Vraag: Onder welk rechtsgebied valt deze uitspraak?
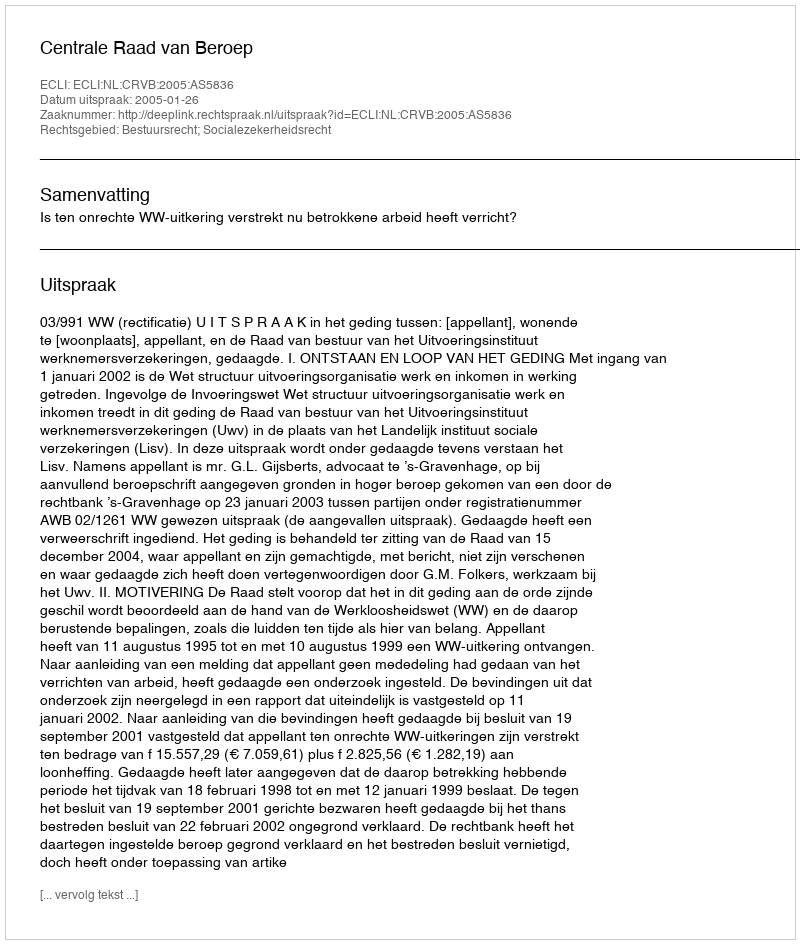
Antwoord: Bestuursrecht; Socialezekerheidsrecht